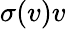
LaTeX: \sigma(v)v